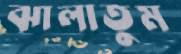
ঝালাতুম